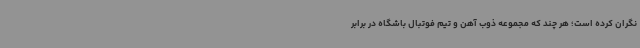
نگران کرده است؛ هر چند که مجموعه ذوب آهن و تیم فوتبال باشگاه در برابر